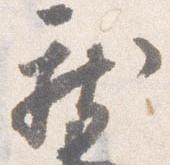
新